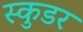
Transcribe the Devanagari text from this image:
स्कुडर